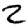
Digit: 2